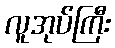
လူအုပ်ကြီး